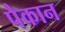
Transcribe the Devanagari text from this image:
पैकान